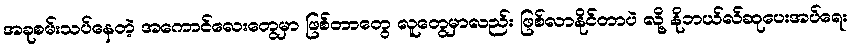
အခုစမ်းသပ်နေတဲ့ အကောင်လေးတွေမှာ ဖြစ်တာတွေ လူတွေမှာလည်း ဖြစ်လာနိုင်တာပဲ လို့ နိုဘယ်လ်ဆုပေးအပ်ရေး